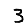
Digit: 3